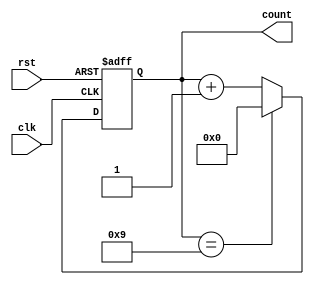
module ModulusCounter (
  input wire clk,  // clock input
  input wire rst,  // reset input
  output reg [N-1:0] count // output count value
);

parameter MOD = 10; // modulus value
parameter N = $clog2(MOD); // number of bits for count value

always @(posedge clk or posedge rst) begin
  if (rst) begin
    count <= 0; // reset count value
  end else begin
    if (count == MOD-1) begin
      count <= 0; // reset back to zero
    end else begin
      count <= count + 1; // increment count value
    end
  end
end

endmodule